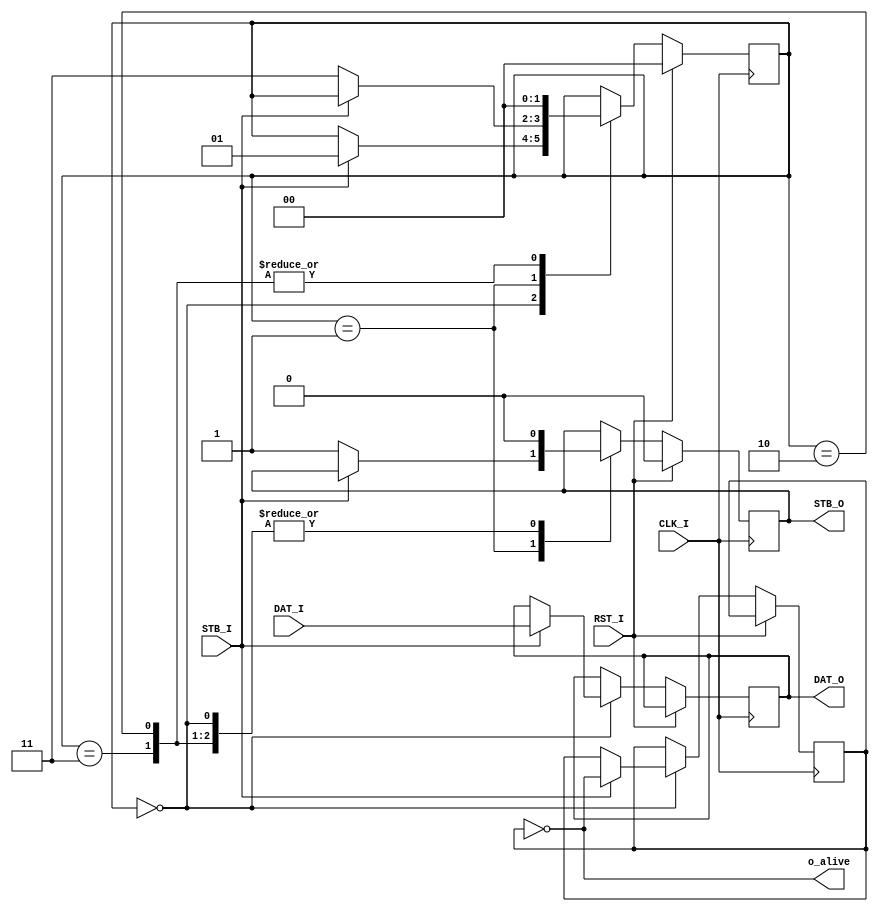
/*
Here's the dummy mentor which also has a student interface. It's just a link in a dataflow chain
Student interface can receive data from testbench, which touches off the state machine.
state
any - if RST_I is 1, zero everything out incl state
00 - reset/initial, send all the outgoing signals low, load data advance to 01 if STB_I goes high
01 - if STB_I is low, advance to 11 and raise STB_O
11 - lower STB_O, go to 00
10 - currently meaningless, zero out STB_O and go to 00
*/
`default_nettype	none

module prewish5k_mentor(
    input CLK_I,        //mentor/outgoing interface, writes to blinky
    input RST_I,
    output STB_O,
    output[7:0] DAT_O,
    input STB_I,        //then here is the student that takes direction from testbench
    input[7:0] DAT_I,
    output o_alive      // debug outblinky
);
    reg[1:0] state = 2'b00;
    reg strobe_reg = 0;
    reg[7:0] dat_reg = 8'b00000000;

    reg alivereg = 0;           //debug thing to toggle alive-LED when strobes happen?

    //state machine
    always @(posedge CLK_I) begin
        if(RST_I == 1) begin
            strobe_reg <= 0;    //resset! glue state and output to 0
            state <= 2'b00;
        end else begin
            //state machine stuff
            case (state)
                2'b00 : begin
                    //00 - reset/initial, send all the outgoing signals low, load data advance to 01 if STB_I goes high
                    //otherwise just stay here
                    strobe_reg <= 0;
                    if(STB_I == 1) begin
                        alivereg <= ~alivereg;  //toggle alive-reg for debug
                        dat_reg <= DAT_I;       //load data from input pins to output register
                        state <= 2'b01;         //advance to 01
                    end
                end

                2'b01 : begin
                    //01 - if STB_I is low, advance to 11 and raise STB_O (wait for strobe to drop)
                    if(~STB_I) begin
                        strobe_reg <= 1;
                        state <= 2'b11;
                    end
                end

                2'b11 : begin
                    //11 - lower STB_O, go to 00
                    strobe_reg <= 0;
                    state <= 2'b00;         //had a thing where it went to 10
                end

                2'b10 : begin
                    //10 - currently meaningless, zero out stb_o and go to 00
                    strobe_reg <= 0;
                    state <= 2'b00;
                end
            endcase

        end
    end

    assign STB_O = strobe_reg;      //is this how I should do this? Similar seems to work with reset. Necessary?
    assign DAT_O = dat_reg;         //and is this how you send data?

    assign o_alive = ~alivereg;      // debug LED should toggle when strobe happens - the ~ should make it start out on
endmodule